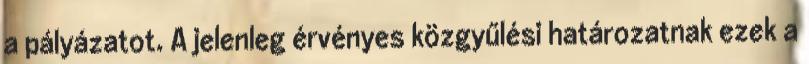
a pályázatot. A jelenleg érvényes közgyűlési határozatnak ezek a